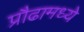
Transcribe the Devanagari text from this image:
प्रौढामध्ये